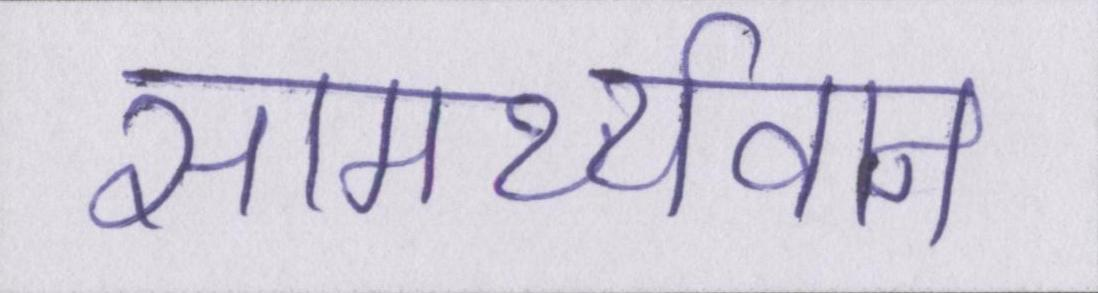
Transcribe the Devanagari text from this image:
सामर्थ्यवान